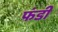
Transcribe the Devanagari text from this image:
फंडी